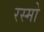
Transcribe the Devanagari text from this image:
रस्मो